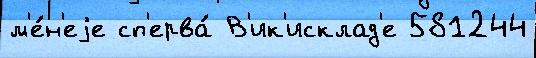
м'е́н'еjе сп'ерва́ В'ик'исклад'е 581244